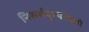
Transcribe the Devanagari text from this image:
निसर्गदृश्यांमध्ये